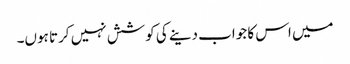
میں اس کا جواب دینے کی کوشش نہیں کرتا ہوں۔